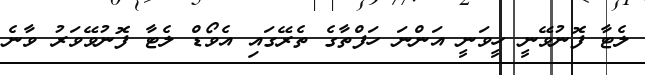
ލެޓާ ފޮނުވޭނީ ހީވަނީ އަންނަ ހަފްތާގެ ތެރޭގައި އެވޯޑް ލެޓާ ފޮނުވޭވަރު ވާނެ